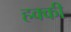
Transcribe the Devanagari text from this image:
हक्की